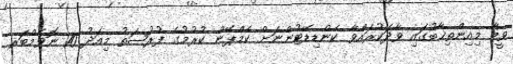
ވީމާ މިއިންތިޚާބުގައި ވާދަކުރައްވާ ކެންޑިޑޭޓުންނަށް ކެމްޕޭން ކުރުމުގެ ފުރުޞަތު މިއަދު 10 ނޮވެމްބަރ